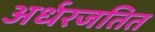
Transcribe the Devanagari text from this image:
अर्धरजतित